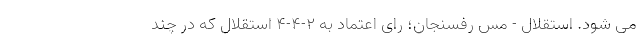
می شود. استقلال - مس رفسنجان؛ رای اعتماد به ۲-۴-۴ استقلال که در چند